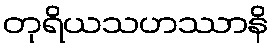
တုရိယသဟဿာနိ